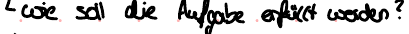
wie soll die Aufgabe erfüllt werden?